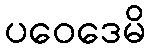
ပဝေဒေမိ